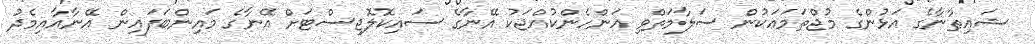
ޝައިޠާނާގެ އަޅުންގެ މުޖްތަމަޢަކުން ސަލާމަތްވި އަންހެންކުއްޖަކު އޭނާގެ ސައިކޮލޮޖިސްޓަށް އޭނާގެ މައިންބަފައިން އޭނާއާއިމެދު